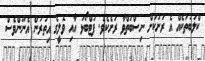
ކްލަބުތަކެއް އެ ރަށަކަށް ނިސްބަތްވާ ރަށެކެވެ. ފުޓްބޯޅަ އާއި ވޮލީގެ އިތުރުން އެނޫންވެސް